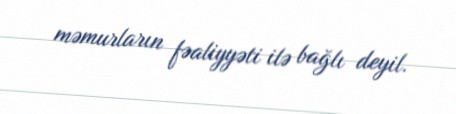
məmurların fəaliyyəti ilə bağlı deyil.